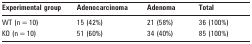
<table><thead><tr><td><b>Experimental group</b></td><td><b>Adenocarcinoma</b></td><td><b>Adenoma</b></td><td><b>Total</b></td></tr></thead><tbody><tr><td>WT (n = 10)</td><td>15 (42%)</td><td>21 (58%)</td><td>36 (100%)</td></tr><tr><td>KO (n = 10)</td><td>51 (60%)</td><td>34 (40%)</td><td>85 (100%)</td></tr></tbody></table>